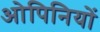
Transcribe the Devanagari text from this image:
ओपिनियों